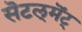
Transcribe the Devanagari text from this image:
सॆटल्‌मॆंट्